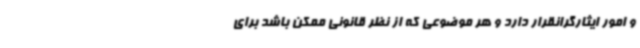
و امور ایثارگرانقرار دارد و هر موضوعی که از نظر قانونی ممکن باشد برای